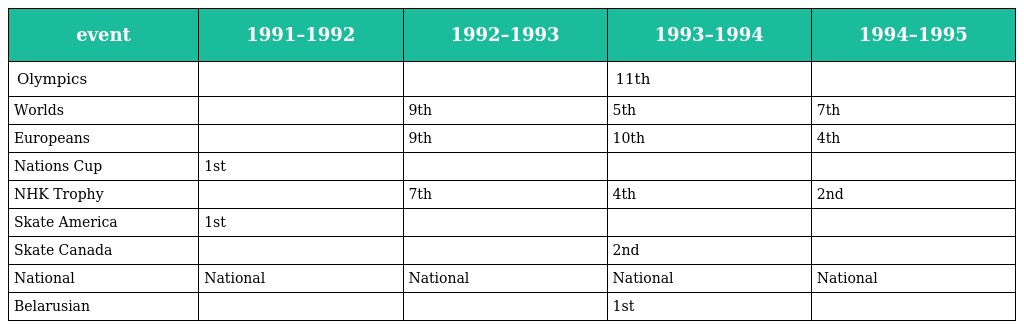
| event | 1991–1992 | 1992–1993 | 1993–1994 | 1994–1995 |
 | --- | --- | --- | --- | --- |
 | Olympics |  |  | 11th |  |
 | Worlds |  | 9th | 5th | 7th |
 | Europeans |  | 9th | 10th | 4th |
 | Nations Cup | 1st |  |  |  |
 | NHK Trophy |  | 7th | 4th | 2nd |
 | Skate America | 1st |  |  |  |
 | Skate Canada |  |  | 2nd |  |
 | National | National | National | National | National |
 | Belarusian |  |  | 1st |  |